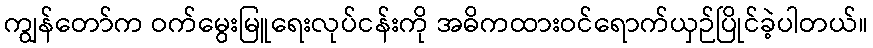
ကျွန်တော်က ဝက်မွေးမြူရေးလုပ်ငန်းကို အဓိကထားဝင်ရောက်ယှဉ်ပြိုင်ခဲ့ပါတယ်။